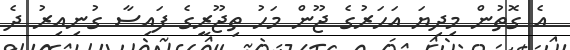
އެ ގޮތުން މިދިޔަ އަހަރުގެ ޖޫން މަހު ތިޖޫރީގެ ފައިސާ ގުނިއިރު ދެ